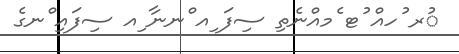
ުރ ުހއް ުޓ ެމއްނެތި ސިފަ ިއ ްނނާ ިއ ސިފައި ްނގެ